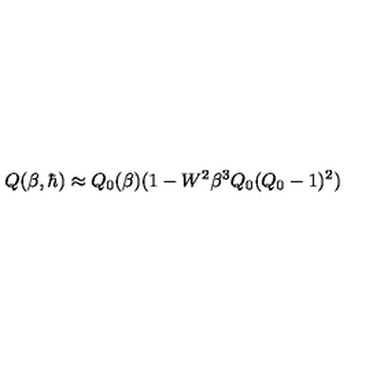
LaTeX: Q ( \beta , \hbar ) \approx Q _ { 0 } ( \beta ) ( 1 - W ^ { 2 } \beta ^ { 3 } Q _ { 0 } ( Q _ { 0 } - 1 ) ^ { 2 } )